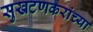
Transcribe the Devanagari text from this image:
सुखटणकरांच्या